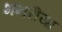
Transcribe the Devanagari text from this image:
भनरीया